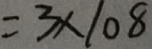
= 3 \times 1 0 8